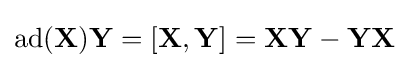
\operatorname {ad} (\mathbf {X} )\mathbf {Y} =[\mathbf {X} ,\mathbf {Y} ]=\mathbf {X} \mathbf {Y} -\mathbf {Y} \mathbf {X}